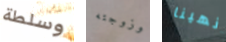
وسلطة وزوجته انهينا